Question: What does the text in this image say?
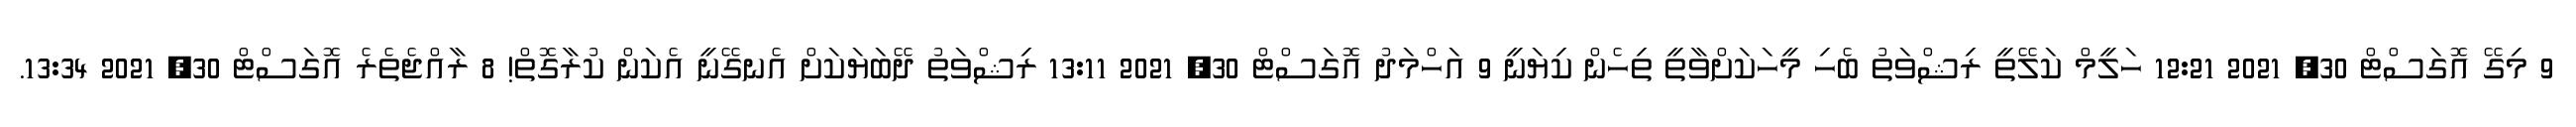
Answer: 9 މިގޭ އޮގަސްޓް 30, 2021 12:21 ހަލީމް ކަލޭތީ ރިޝްވަތު ބެހި މީހަކަށްވާތީ ތިހެން ކިޔަނީ 9 އަހްމަދު އޮގަސްޓް 30, 2021 13:11 ރިޝްވަތު ދޭބަޔަކަށް އެނގޭނީ އެކަން ކުރާގޮތް! 8 ރާއްޖެތެރެ އޮގަސްޓް 30, 2021 13:34.